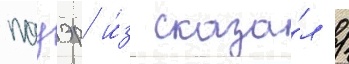
пауэр и́з сказа́л /